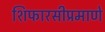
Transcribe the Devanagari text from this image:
शिफारसीप्रमाणे